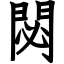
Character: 閟